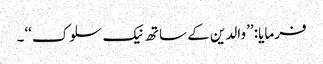
فرمایا: ’’والدین کے ساتھ نیک سلوک‘‘۔